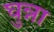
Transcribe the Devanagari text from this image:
घुन्ना